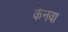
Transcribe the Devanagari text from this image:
केनवा